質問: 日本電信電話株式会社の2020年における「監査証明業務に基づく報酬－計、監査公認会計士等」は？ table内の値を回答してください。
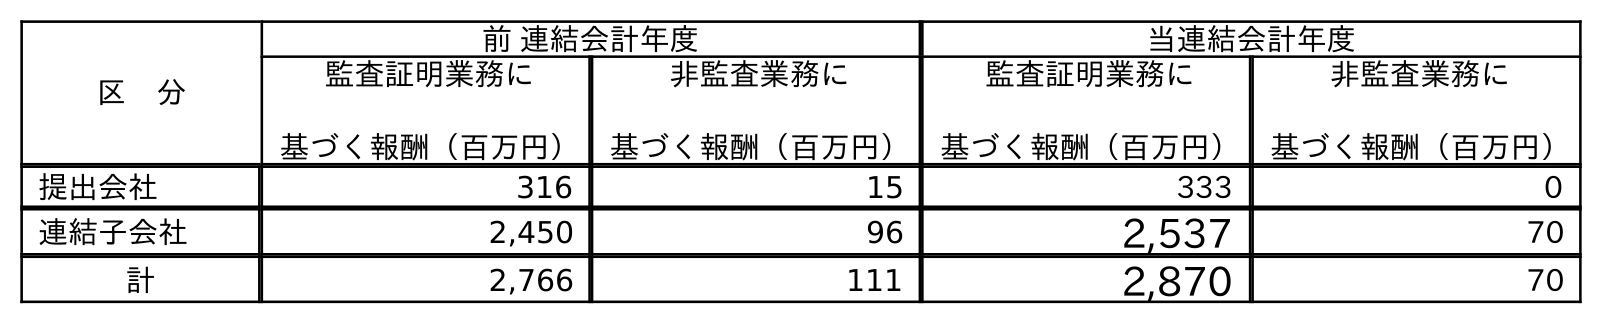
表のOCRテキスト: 区 分 前 連結会計年度 当連結会計年度 監査証明業務に 基づく報酬（百万円） 非監査業務に 基づく報酬（百万円） 監査証明業務に 基づく報酬（百万円） 非監査業務に 基づく報酬（百万円） 提出会社 316 15 333 0 連結子会社 2,450 96 2,537 70 計 2,766 111 2,870 70
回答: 2,870